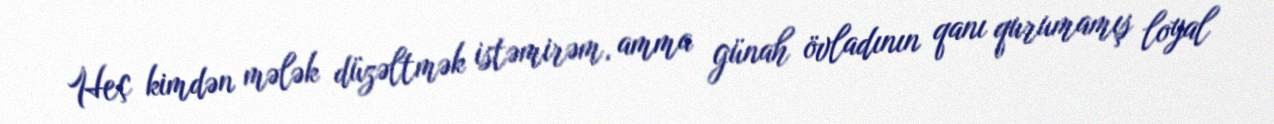
Heç kimdən mələk düzəltmək istəmirəm, amma günah övladının qanı qurumamış loyal